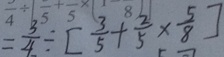
= \frac { 3 } { 4 } \div [ \frac { 3 } { 5 } + \frac { 2 } { 5 } \times \frac { 5 } { 8 } ]